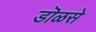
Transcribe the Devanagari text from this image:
डॊळसे